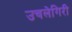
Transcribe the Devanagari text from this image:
उचलेगिरी